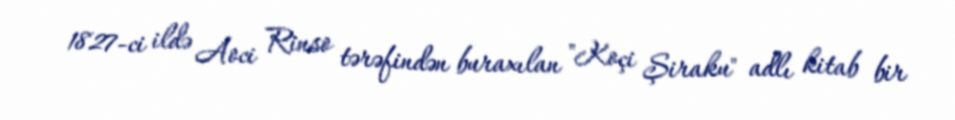
1827-ci ildə Aoci Rinso tərəfindən buraxılan "Koçi Şiraku" adlı kitab bir